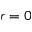
r = 0